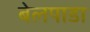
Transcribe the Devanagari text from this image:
बेलपाडा